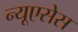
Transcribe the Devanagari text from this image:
न्यूएसेस